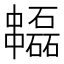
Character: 𠁻